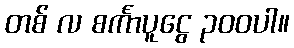
တစ် လ စင်္ကာပူငွေ ၃၀၀ပါ။